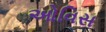
ઓવિસ